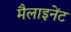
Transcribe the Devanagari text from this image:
मैलाइनेंट